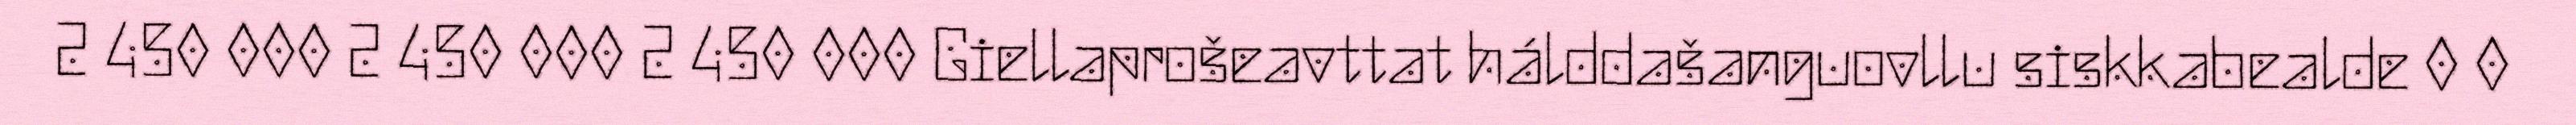
2 450 000 2 450 000 2 450 000 Giellaprošeavttat hálddašanguovllu siskkabealde 0 0